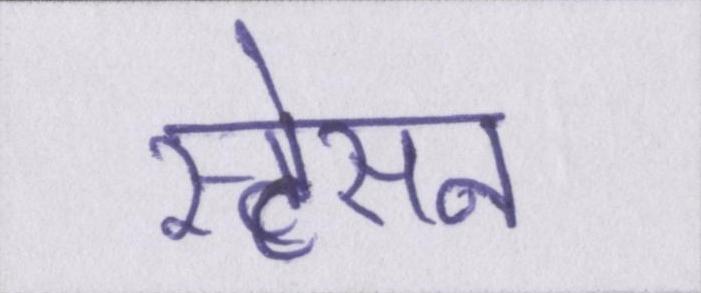
स्टेसन